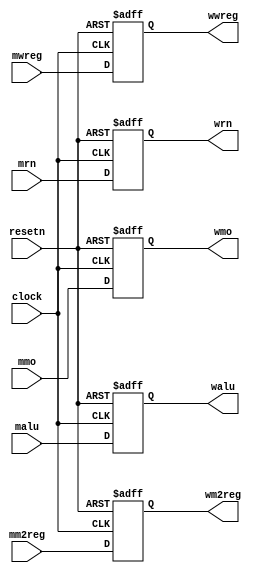
module pipemwreg ( mwreg,mm2reg,mmo,malu,mrn,clock,resetn,
                wwreg,wm2reg,wmo,walu,wrn);
    // MEM/WB 
    //MEM/WB  MEM  WB 
    // clock  MEM  WB  MEM/WB
    // WB 
    input mwreg, mm2reg, clock, resetn;
    input [31:0] mmo, malu;
    input [4:0] mrn;
    wire mwreg, mm2reg, clock, resetn;
    wire [31:0] mmo, malu;
    wire [4:0] mrn;

    output wwreg, wm2reg;
    output [4:0] wrn;
    output [31:0] wmo, walu;
    reg  wwreg, wm2reg;
    reg [4:0] wrn;
    reg [31:0] wmo, walu;

   always @ (negedge resetn or posedge clock)
      if (resetn == 0) 
         begin
            walu       <= 32'b0;
            wmo        <= 32'b0;
            wrn        <=  5'b0;
            wwreg      <=  1'b0;
            wm2reg     <=  1'b0;
         end 
      else
         begin 
            walu       <= malu;
            wmo        <= mmo;
            wrn        <= mrn;
            wwreg      <= mwreg;
            wm2reg     <= mm2reg;
         end

endmodule